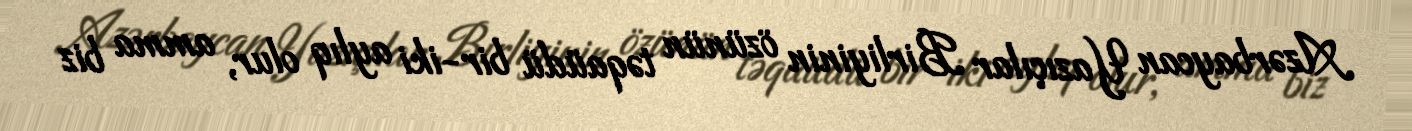
Azərbaycan Yazıçılar Birliyinin özünün təqaüdü bir-iki aylıq olur, amma biz